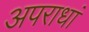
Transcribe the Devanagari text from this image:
अपराधां